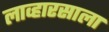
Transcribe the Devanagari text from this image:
लाव्हारसाला